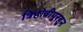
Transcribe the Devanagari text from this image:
त्रिहोत्रीपूरहून